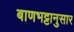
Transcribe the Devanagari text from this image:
बाणभट्टानुसार